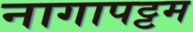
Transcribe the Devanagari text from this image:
नागापट्टम